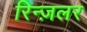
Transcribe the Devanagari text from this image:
रिन्ज़लर